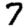
Digit: 7